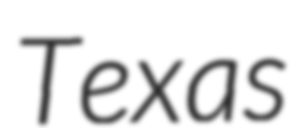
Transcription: Texas